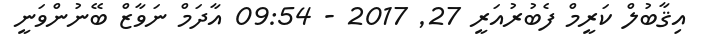
އިޤާބުލް ކަރީމް ފެބުރުއަރީ 27